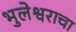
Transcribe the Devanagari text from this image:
भुलेश्वराचा